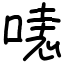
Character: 𠹤